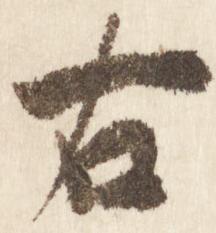
右